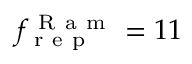
f _ { \mathrm { ~ r ~ e ~ p ~ } } ^ { \mathrm { ~ R ~ a ~ m ~ } } = 1 1